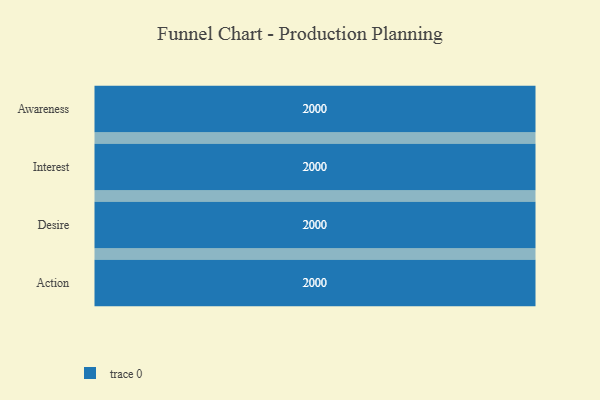
{"axis": {"x": "Stage", "y": "Value"}, "legend": [""], "data": [{"x": "Awareness", "y": 2000, "type": ""}, {"x": "Interest", "y": 2000, "type": ""}, {"x": "Desire", "y": 2000, "type": ""}, {"x": "Action", "y": 2000, "type": ""}]}